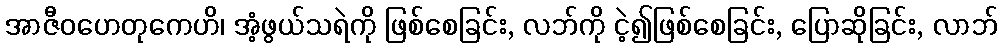
အာဇီဝဟေတုကေဟိ၊ အံ့ဖွယ်သရဲကို ဖြစ်စေခြင်း, လဘ်ကို ငဲ့၍ဖြစ်စေခြင်း, ပြောဆိုခြင်း, လာဘ်